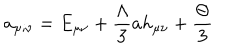
LaTeX: a _ { \mu ; \nu } = E _ { \mu \nu } + \frac { \Lambda } { 3 } a h _ { \mu \nu } + \frac { \Theta } { 3 }